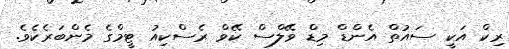
ރިކް އަކީ ސައުތް އެންޑް މިޑް ވޭލްސް ކޭވް ރެސްކިއު ޓީމްގެ މެންބަރެކެވެ.